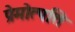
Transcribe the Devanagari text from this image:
प्रेमोत्पत्ति